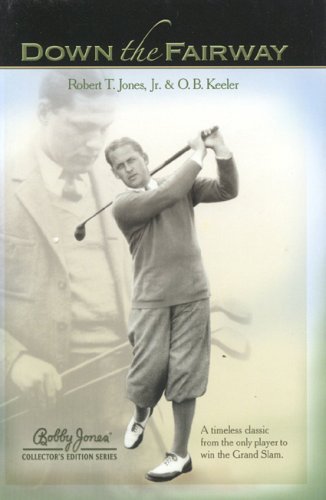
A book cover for Down the Fairway; Robert T. Jones Jr.; Biographies & Memoirs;